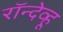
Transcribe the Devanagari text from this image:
रॉन्देव्हू